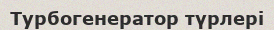
Турбогенератор түрлері